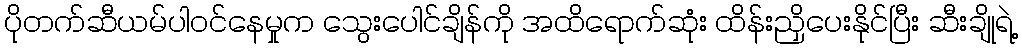
ပိုတက်ဆီယမ်ပါဝင်နေမှုက သွေးပေါင်ချိန်ကို အထိရောက်ဆုံး ထိန်းညှိပေးနိုင်ပြီး ဆီးချိုရဲ့